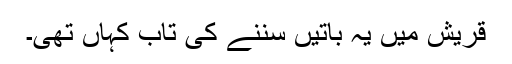
قریش میں یہ باتیں سننے کی تاب کہاں تھی۔